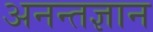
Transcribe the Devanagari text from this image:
अनन्तज्ञान